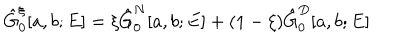
\hat { G } _ { 0 } ^ { \xi } [ a , b ; E ] = \xi \hat { G } _ { 0 } ^ { N } [ a , b ; E ] + ( 1 - \xi ) \hat { G } _ { 0 } ^ { D } [ a , b ; E ]